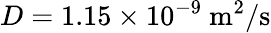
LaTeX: D=1.15\times 10^{-9}\ \mathrm{m^{2}/s}